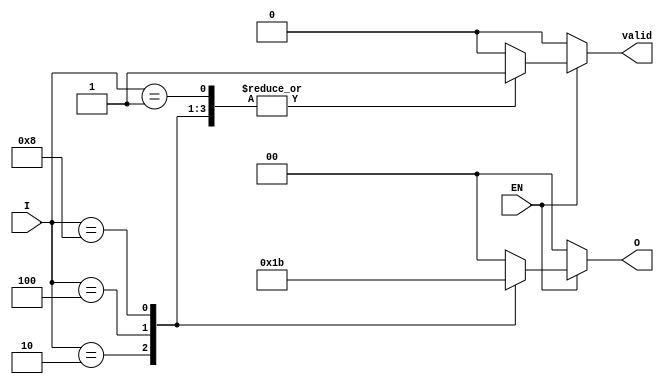
module one_of_n_encoder (
    input wire [3:0] I,   // 4 input lines
    input wire EN,        // Enable signal
    output reg [1:0] O,   // 2 output lines
    output reg valid      // Valid output signal
);

    always @(*) begin
        if (!EN) begin
            // If not enabled, output is 00 and valid is low
            O = 2'b00;
            valid = 1'b0;
        end else begin
            case (I)
                4'b0001: begin
                    O = 2'b00; // Input 0 active
                    valid = 1'b1;
                end
                4'b0010: begin
                    O = 2'b01; // Input 1 active
                    valid = 1'b1;
                end
                4'b0100: begin
                    O = 2'b10; // Input 2 active
                    valid = 1'b1;
                end
                4'b1000: begin
                    O = 2'b11; // Input 3 active
                    valid = 1'b1;
                end
                default: begin
                    O = 2'b00; // No valid input or multiple inputs active
                    valid = 1'b0; // Invalid state
                end
            endcase
        end
    end

endmodule